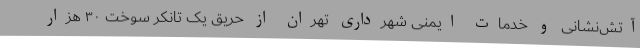
آتش‌نشانی و خدمات ایمنی شهرداری تهران از حریق یک تانکر سوخت ٣٠ هزار